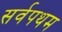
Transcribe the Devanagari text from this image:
सर्वपथम